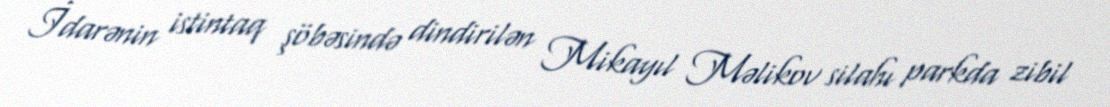
İdarənin istintaq şöbəsində dindirilən Mikayıl Məlikov silahı parkda zibil